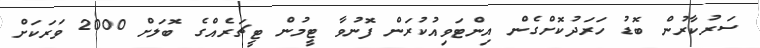
ސަރުކާރުން ބޮޑު ހަރަދުކޮށްގެން އިންޓަވިއުކުރަން ފޮނުވާ ޓީމުން ޓީޗަރެއްގެ ބޮލަށް 2000 ވަރަކަށް